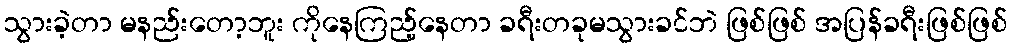
သွားခဲ့တာ မနည်းတော့ဘူး ကိုနေကြည့်နေတာ ခရီးတခုမသွားခင်ဘဲ ဖြစ်ဖြစ် အပြန်ခရီးဖြစ်ဖြစ်